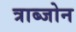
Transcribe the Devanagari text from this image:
त्राब्जोन